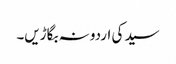
سید کی اردو نہ بگاڑیں۔